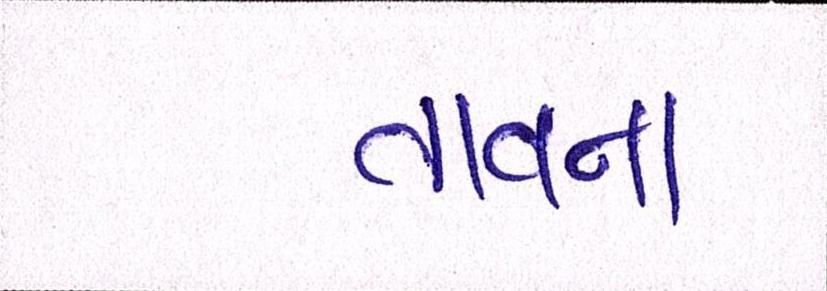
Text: તાવના